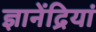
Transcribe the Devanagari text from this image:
ज्ञानेंद्रियां